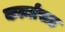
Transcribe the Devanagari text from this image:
कर्त्यासह